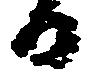
日